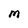
Character: m